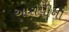
આરોપીના